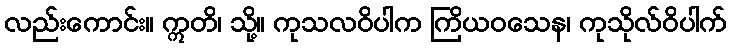
လည်းကောင်း။ ဣတိ၊ သို့။ ကုသလဝိပါက ကြိယဝသေန၊ ကုသိုလ်ဝိပါက်